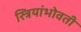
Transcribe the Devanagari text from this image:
स्त्रियांभोवती